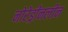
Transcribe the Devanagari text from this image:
नोरेड्रीनलीन